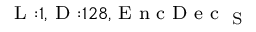
_ { \textrm { L } : 1 , \textrm { D } : 1 2 8 , \textrm { E n c D e c } _ { \textrm { S } } }